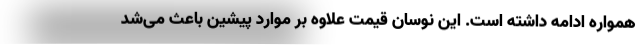
همواره ادامه داشته است. این نوسان قیمت علاوه بر موارد پیشین باعث می‌شد